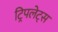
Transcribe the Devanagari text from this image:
ट्रिपलेट्स